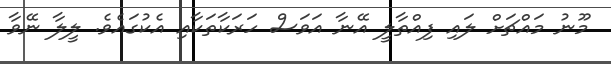
މޫނު މައްޗަށް ލައި ފިއްތާލީ އޭނާ އަވަސް ހަރަކާތަކާއި އެކުގައެވެ. ލީލާ ނޭވާ